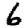
Digit: 6